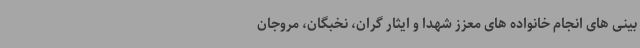
بینی های انجام خانواده های معزز شهدا و ایثار گران، نخبگان، مروجان